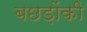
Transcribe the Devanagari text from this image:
बछड़ोंकी